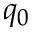
q _ { 0 }